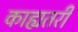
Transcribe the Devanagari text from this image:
काह्यतरी